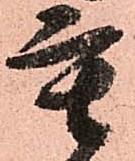
重